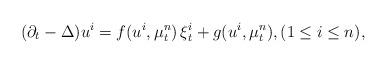
LaTeX: \begin{align*} (\partial_t-\Delta)u^i = f(u^i,\mu_t^n)\,\xi_t^i + g(u^i,\mu_t^n), (1\leq i\leq n),\end{align*}